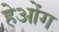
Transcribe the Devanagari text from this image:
हेओंग